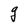
Character: g